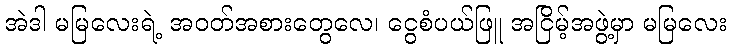
အဲဒါ မမြလေးရဲ့ အဝတ်အစားတွေလေ၊ ငွေစံပယ်ဖြူ အငြိမ့်အဖွဲ့မှာ မမြလေး